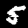
Label: 5